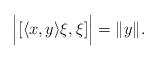
LaTeX: \begin{align*}\Big|[ \langle x, y \rangle \xi, \xi ]\Big| = \| y\|.\end{align*}